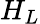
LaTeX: H_{L}